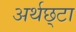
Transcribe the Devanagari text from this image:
अर्थछ्टा